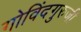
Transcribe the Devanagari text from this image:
गोविंदगुरुजी